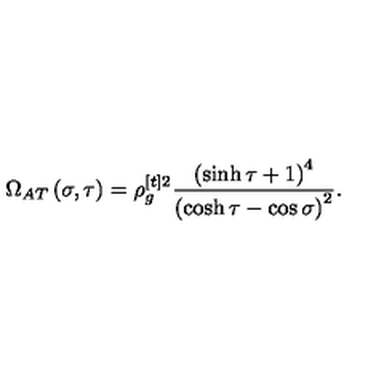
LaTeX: \Omega _ { A T } \left( \sigma , \tau \right) = \rho _ { g } ^ { [ t ] 2 } \frac { \left( \sinh \tau + 1 \right) ^ { 4 } } { \left( \cosh \tau - \cos \sigma \right) ^ { 2 } } .